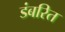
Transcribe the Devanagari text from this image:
डंबरित